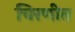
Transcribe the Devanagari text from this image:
चिरणीत